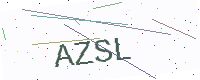
Text: AZSL